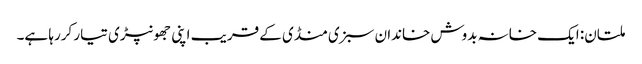
ملتان: ایک خانہ بدوش خاندان سبزی منڈی کے قریب اپنی جھونپڑی تیار کررہا ہے۔